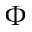
\Phi